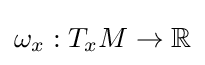
\omega _{x}:T_{x}M\to \mathbb {R}